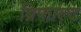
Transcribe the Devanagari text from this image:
ब्रिफाल्ट